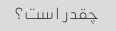
چقدر است؟